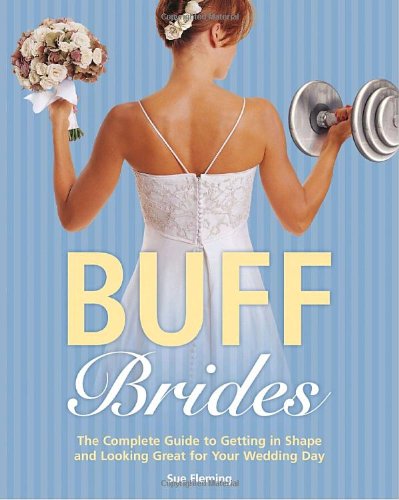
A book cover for Buff Brides: The Complete Guide to Getting in Shape and Looking Great for Your Wedding Day; Sue Fleming; Health, Fitness & Dieting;